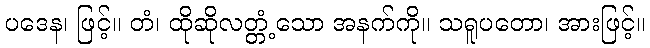
ပဒေန၊ ဖြင့်။ တံ၊ ထိုဆိုလတ္တံ့သော အနက်ကို။ သရူပတော၊ အားဖြင့်။